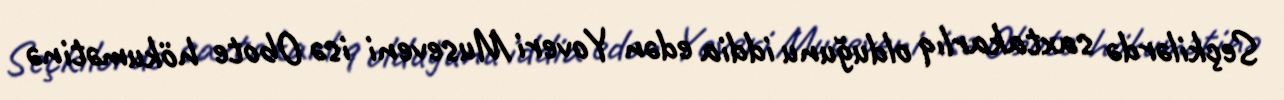
Seçkilərdə saxtakarlıq olduğunu iddia edən Yoveri Museveni isə Obote hökumətinə